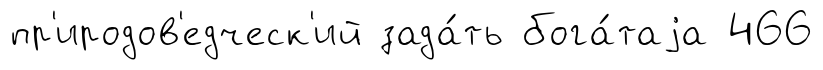
пр'иродов'едческ'ий зада́ть бога́таjа 466